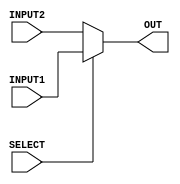
////////////////////////////////////////////////////////////////////
 //making mux module(for 7 bit inputs and output)
//////////////////////////////////////////////////////////////////
`timescale  1ns/100ps
module MUX_8bit(OUT,SELECT,INPUT1,INPUT2); 

input SELECT;
input [7:0] INPUT1,INPUT2;
output reg [7:0] OUT;
always @ (INPUT1 or INPUT2 or SELECT)   //mux have to generate output whenever inputsignals get changed
begin
	if (SELECT==1) 
		OUT = INPUT1;   //selecting inputs for output
	else 
		OUT = INPUT2;
end

endmodule